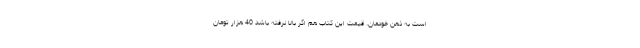
است به ذهن خودمان. قیمت این کتاب هم اگر بالا نرفته باشد 40 هزار تومان